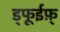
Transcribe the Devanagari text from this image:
ड्फूईफ़़्